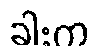
ခါးက